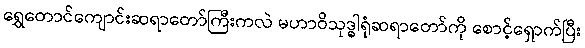
ရွှေတောင်ကျောင်းဆရာတော်ကြီးကလဲ မဟာဝိသုဒ္ဓါရုံဆရာတော်ကို စောင့်ရှောက်ပြီး